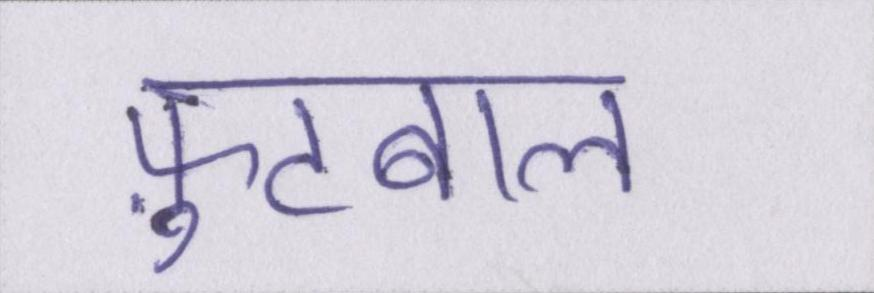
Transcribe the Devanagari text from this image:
फ़ुटबाल